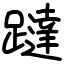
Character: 躂